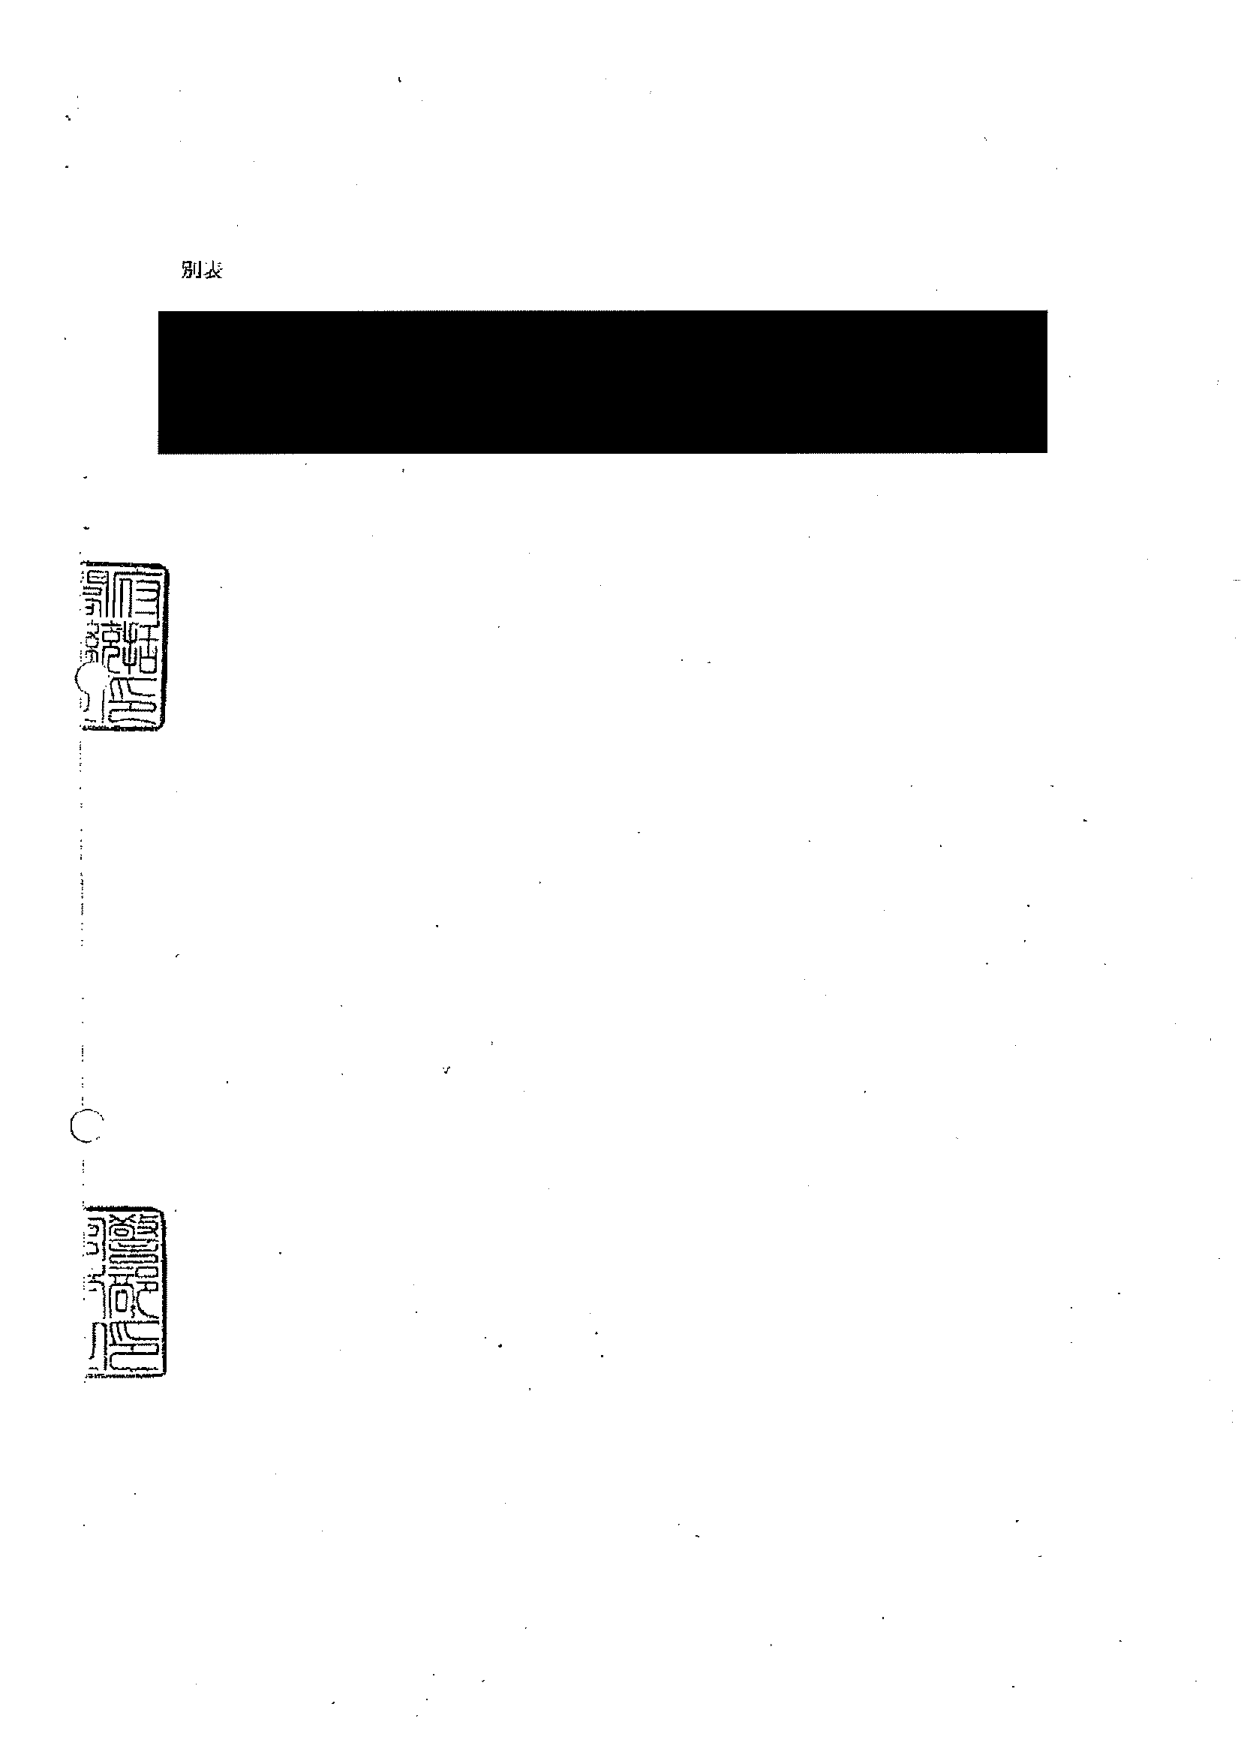
別表

（黒塗り部分：テキストが完全に隠されているため、読み取れない）

（左側の縦書きの印鑑部分：文字が非常にぼやけており、正確な読み取りが不可能）

（下部の縦書きの印鑑部分：文字が非常にぼやけており、正確な読み取りが不可能）